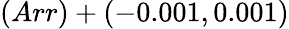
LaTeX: (Arr)+(-0.001,0.001)